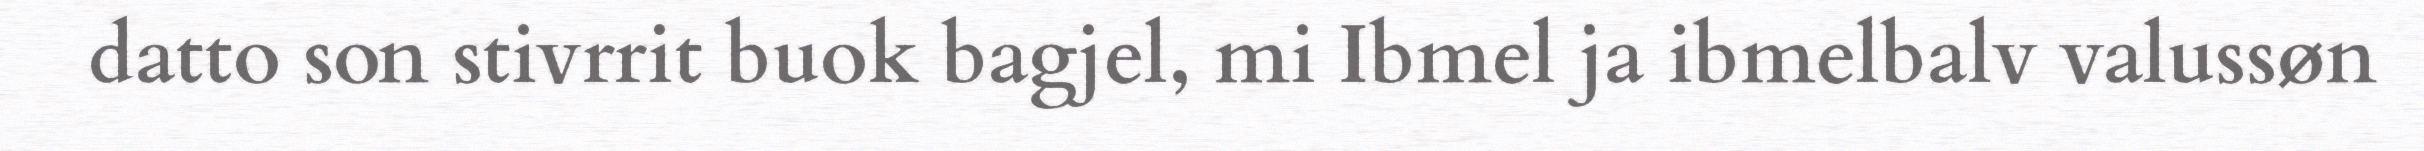
datto son stivrrit buok bagjel, mi Ibmel ja ibmelbalv valussøn